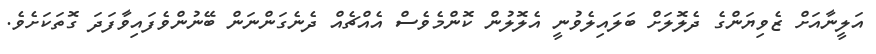
އަލީނާއަށް ޒެވިޔަންގެ ދެލޮލަށް ބަލައިލެވުނީ އެލޮލުން ކޮންމެވެސް އެއްޗެއް ދެނެގަންނަން ބޭނުންވެފައިވާފަދަ ގޮތަކަށެވެ.